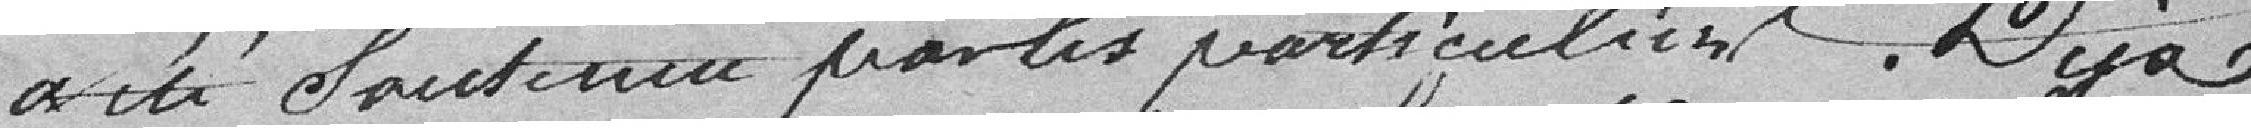
a été soutenue par les particuliers. Déjà